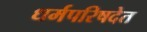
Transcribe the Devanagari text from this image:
धर्मपरिषदेत